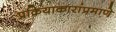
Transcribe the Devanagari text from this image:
प्रक्रियाकारांप्रमाणे